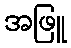
အဖြူ